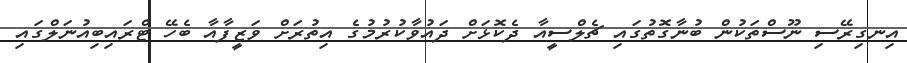
އިނގިރޭސި ނޫސްތަކުން ބުނާގޮތުގައި ޗެލްސީއާ ދެކޮޅަށް ދައުވާކުރުމުގެ އިތުރަށް ވަޒީފާއާ ބެހޭ ޓްރައިބިއުނަލްގައި